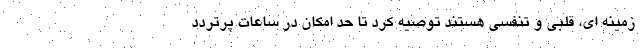
زمینه ای، قلبی و تنفسی هستند توصیه کرد تا حد امکان در ساعات پرتردد